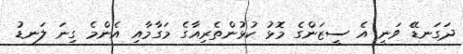
ދަގަނޑޭ ވަނީ އެ ސީޒަންގެ މޮޅު ކުޅުންތެރިއާގެ މަގާމާއި އެންމެ ގިނަ ލަނޑު